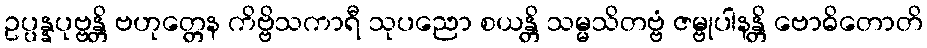
ဥပ္ပန္နပုဗ္ဗန္တိ ဗဟုတ္တေန ကိဗ္ဗိသကာရီ သုပညော စယန္တိ သမ္မသိတဗ္ဗံ ဇမ္ဗုပါနန္တိ ဗောဓိတောတိ